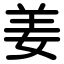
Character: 姜